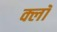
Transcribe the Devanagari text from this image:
क्लॉ